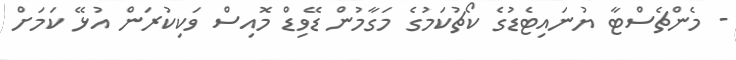
- މެންޗެސްޓާ ޔުނައިޓެޑުގެ ކޯޗުކަމުގެ މަގާމުން ޑޭވިޑް މޮއިސް ވަކިކުރަން އުޅޭ ކަމަށް